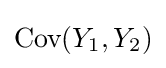
{\text{Cov}}(Y_{1},Y_{2})